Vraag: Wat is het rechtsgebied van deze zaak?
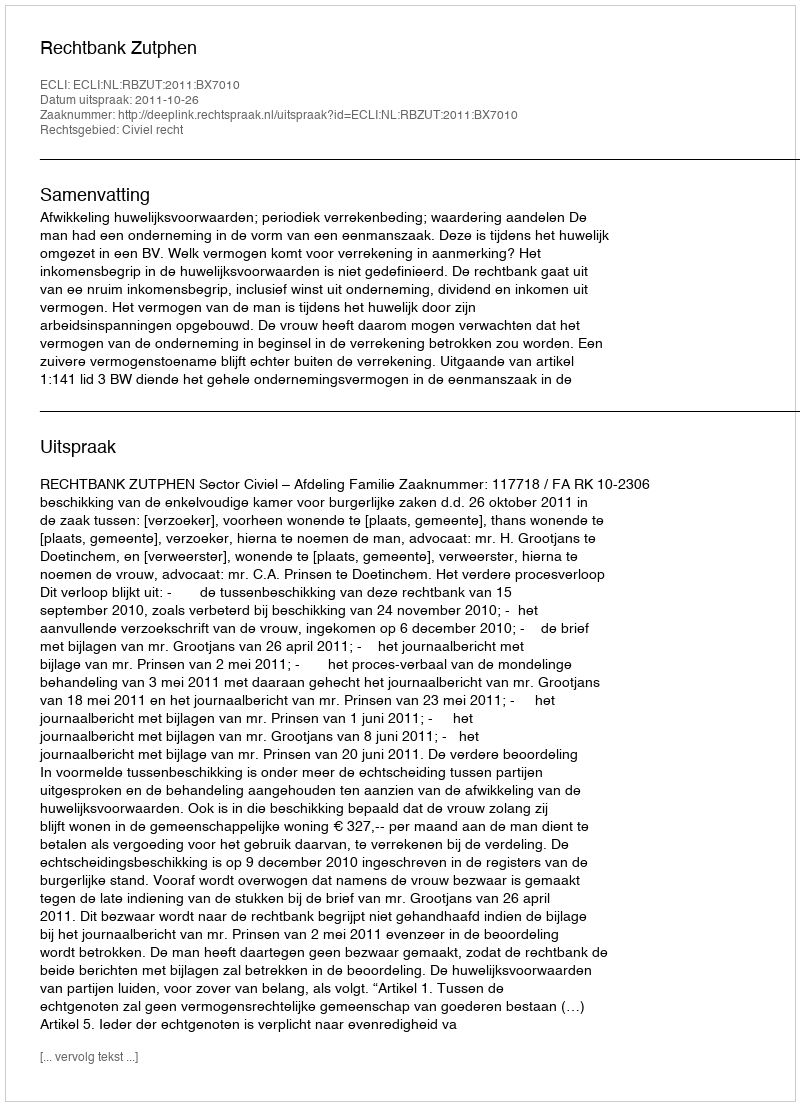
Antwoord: Civiel recht